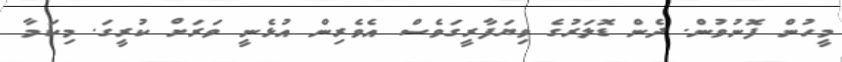
މީހުން ފޮނުވުން. ދެން ޑޮލަރުގެ ވިޔަފާރީގަވެސް އެވެރިން އުޅެނީ ވަރަށް ކުރީގަ. މިކަމާ